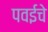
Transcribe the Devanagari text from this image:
पवईचे